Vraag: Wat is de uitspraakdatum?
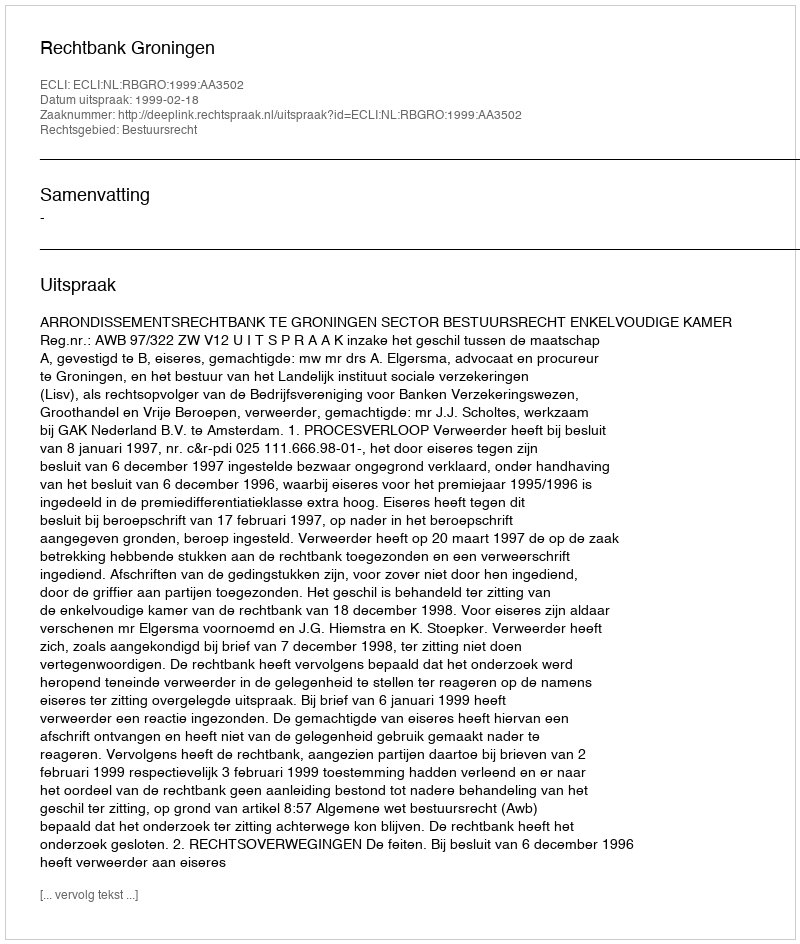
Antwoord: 1999-02-18